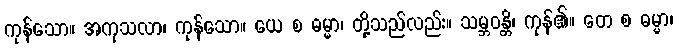
ကုန်သော။ အကုသလာ၊ ကုန်သော။ ယေ စ ဓမ္မာ၊ တို့သည်လည်း။ သမ္ဘဝန္တိ၊ ကုန်၏။ တေ စ ဓမ္မာ၊